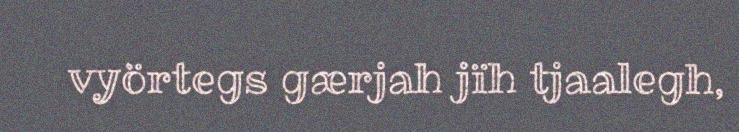
vyörtegs gærjah jïh tjaalegh,